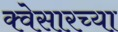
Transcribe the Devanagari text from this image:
क्वेसारच्या